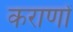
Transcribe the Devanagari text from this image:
कराणों